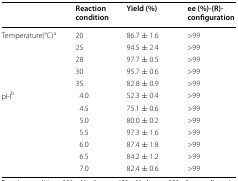
|  | Reaction condition | Yield (%) | ee (%)-(R)-configuration |
 | --- | --- | --- | --- |
 | <ROWSPAN=5> Temperature(°C)a | 20 | 86.7 ± 1.6 | >99 |
 | 25 | 94.5 ± 2.4 | >99 |
 | 28 | 97.7 ± 0.5 | >99 |
 | 30 | 95.7 ± 0.6 | >99 |
 | 35 | 82.8 ± 0.9 | >99 |
 | <ROWSPAN=7> pHb | 4.0 | 52.3 ± 0.4 | >99 |
 | 4.5 | 75.1 ± 0.6 | >99 |
 | 5.0 | 80.0 ± 0.2 | >99 |
 | 5.5 | 97.3 ± 1.6 | >99 |
 | 6.0 | 87.4 ± 1.8 | >99 |
 | 6.5 | 84.2 ± 1.2 | >99 |
 | 7.0 | 82.4 ± 0.6 | >99 |